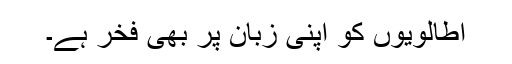
اطالویوں کو اپنی زبان پر بھی فخر ہے۔